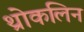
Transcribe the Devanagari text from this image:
थ्रोकलिन